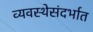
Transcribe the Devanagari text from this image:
व्यवस्थेसंदर्भात